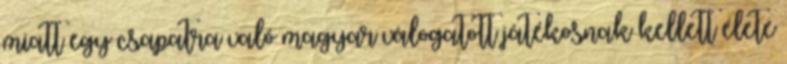
miatt egy csapatra való magyar válogatott játékosnak kellett élete